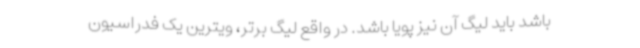
باشد باید لیگ آن نیز پویا باشد. در واقع لیگ برتر، ویترین یک فدراسیون